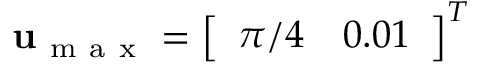
\mathbf { u } _ { \mathrm { ~ m ~ a ~ x ~ } } = \left[ \begin{array} { l l } { \pi / 4 } & { 0 . 0 1 } \end{array} \right] ^ { T }